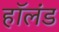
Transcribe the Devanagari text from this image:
हाॅलंड